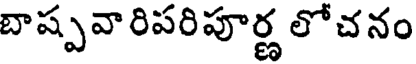
బాష్పవారిపరిపూర్ణ లోచనం